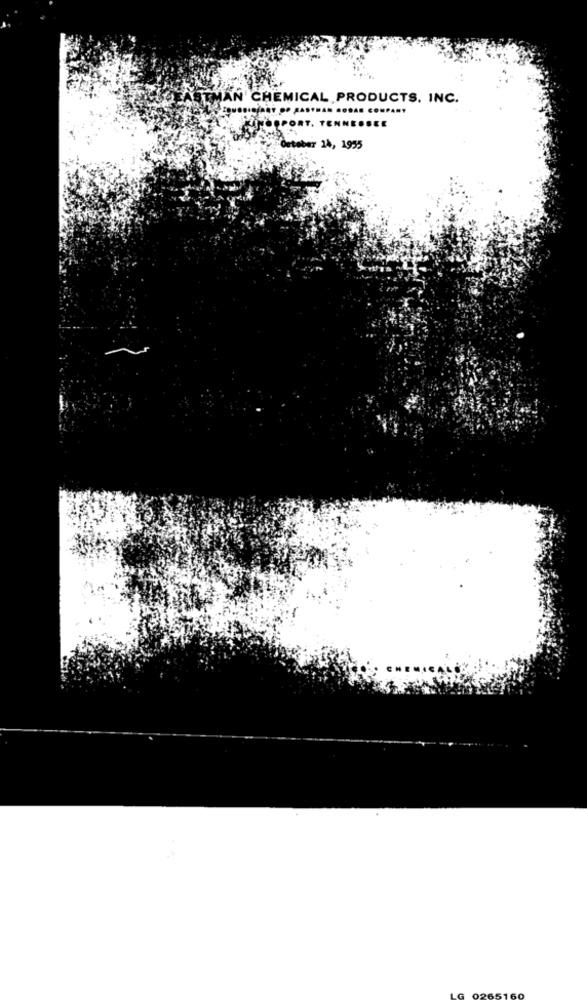
MAN CHEMICAL PRODUCTS. INC.
BERRY DO AASTHAN RODAR CONPA
PORT. TENNESSEE
October 14, 1955